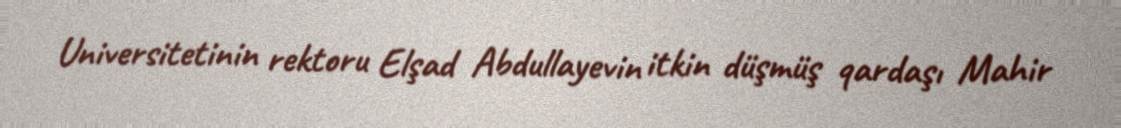
Universitetinin rektoru Elşad Abdullayevin itkin düşmüş qardaşı Mahir